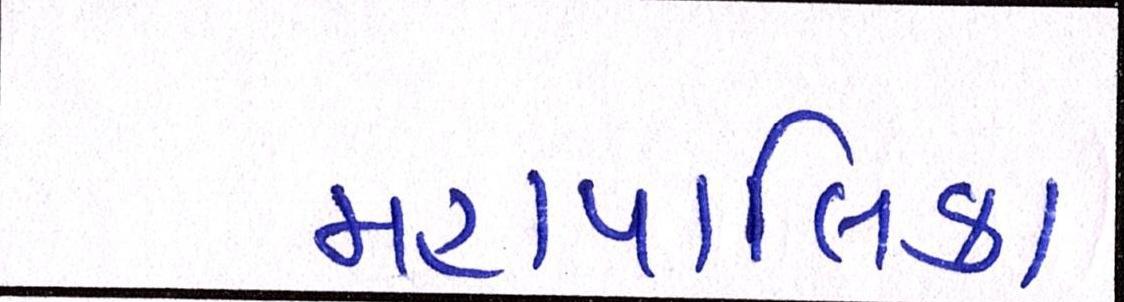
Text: મહાપાલિકા